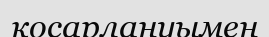
қосарлануымен